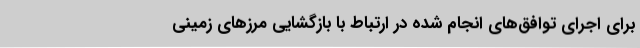
برای اجرای توافق‌های انجام شده در ارتباط با بازگشایی مرزهای زمینی